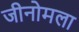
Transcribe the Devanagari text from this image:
जीनोमला